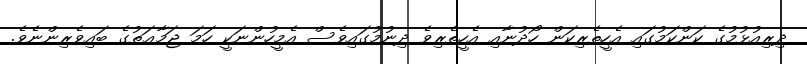
ދިރިއުޅުމުގެ ކަންކަމުގައި އެހީތެރިކަން ހޯދުނާއި އެހީތެރިވެ ދިނުމުގައިވެސް އެމީހުންނަކީ ހަމަ ޖަމާޢަތުގެ ބައިވެރިންނެވެ.